65_HS1-834228961_62-HQ-83894_Section_6
Agency: FBI
Page 156
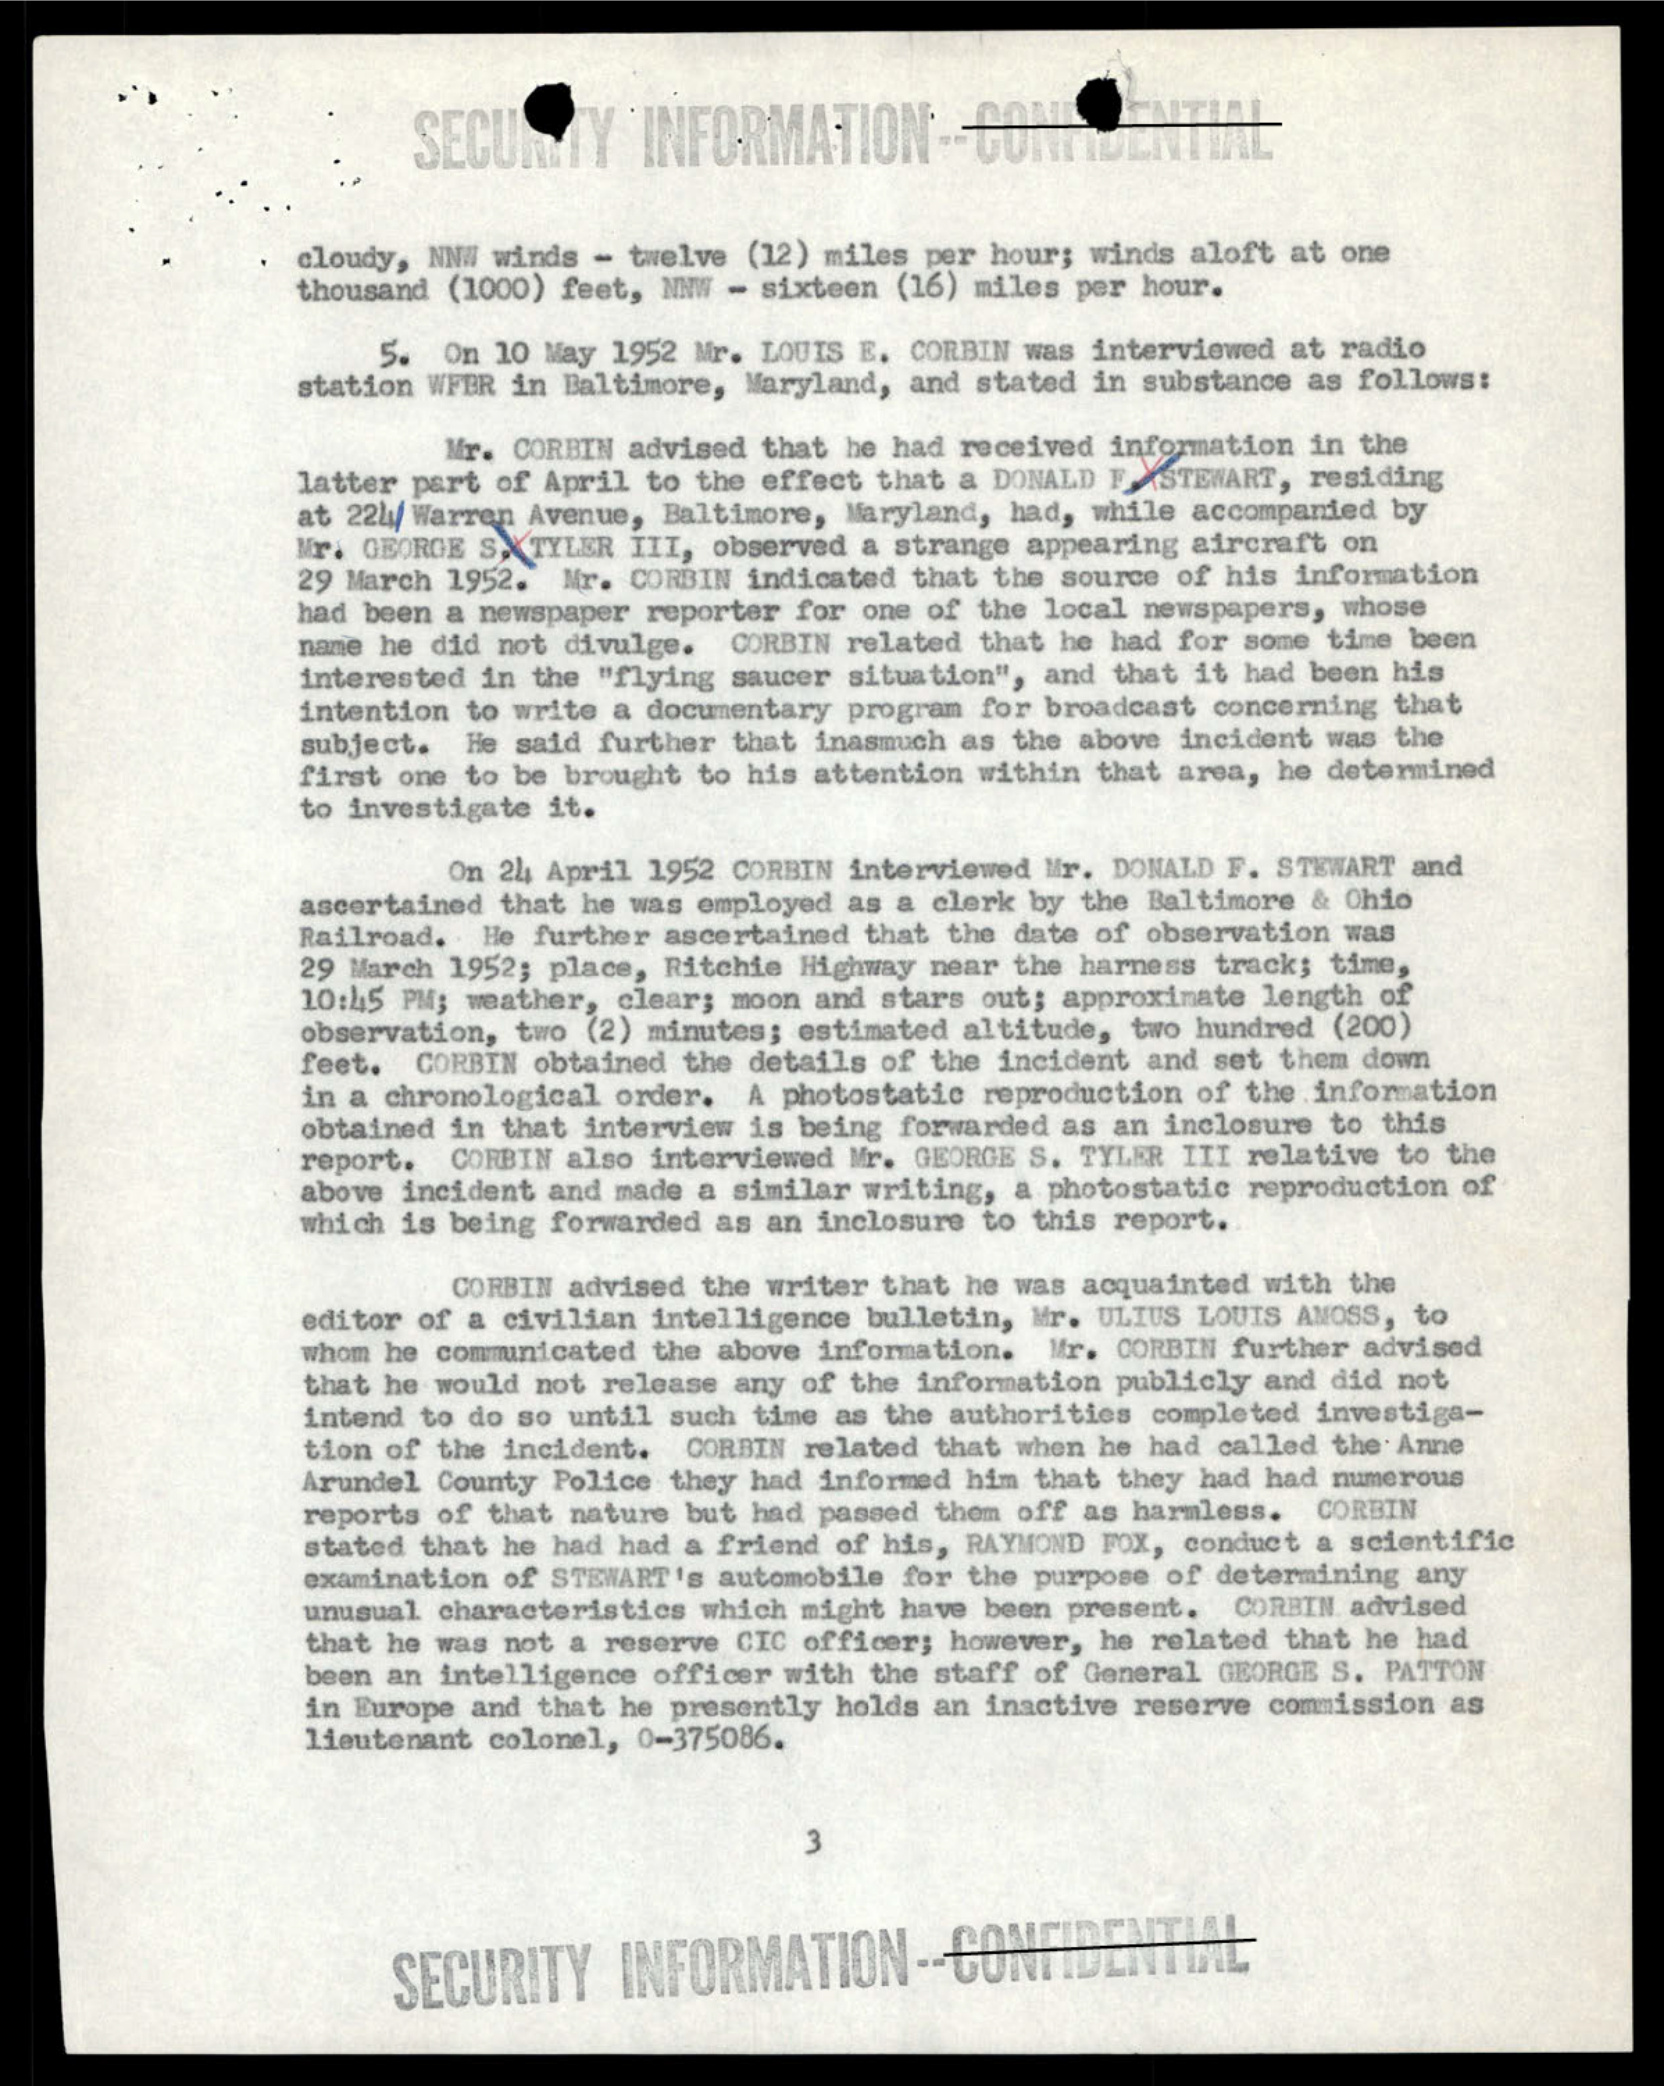